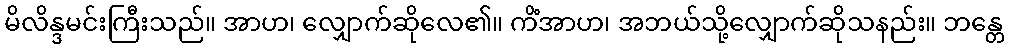
မိလိန္ဒမင်းကြီးသည်။ အာဟ၊ လျှောက်ဆိုလေ၏။ ကိံအာဟ၊ အဘယ်သို့လျှောက်ဆိုသနည်း။ ဘန္တေ